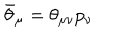
LaTeX: \bar { \theta } _ { \mu } = \theta _ { \mu \nu } p _ { \nu }